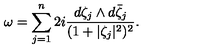
\omega = \sum _ { j = 1 } ^ { n } 2 i \frac { d \zeta _ { j } \wedge d \bar { \zeta } _ { j } } { ( 1 + | \zeta _ { j } | ^ { 2 } ) ^ { 2 } } .